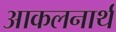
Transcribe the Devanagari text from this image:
आकलनार्थ